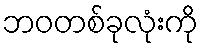
ဘဝတစ်ခုလုံးကို